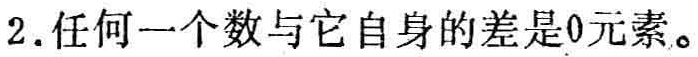
2.任何一个数与它自身的差是0元素。